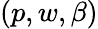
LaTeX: (p,w,\beta)